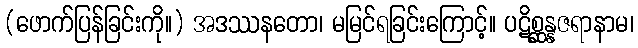
(ဖောက်ပြန်ခြင်းကို။) အဒဿနတော၊ မမြင်ရခြင်းကြောင့်။ ပဋိစ္ဆန္နဇရာနာမ၊